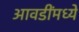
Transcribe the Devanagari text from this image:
आवडींमध्ये